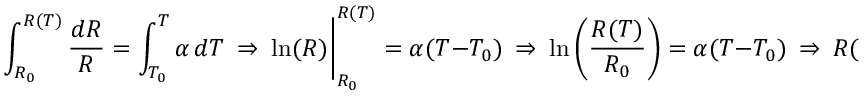
\int _ { R _ { 0 } } ^ { R ( T ) } { \frac { d R } { R } } = \int _ { T _ { 0 } } ^ { T } \alpha \, d T ~ \Rightarrow ~ \ln ( R ) { \Bigg \vert } _ { R _ { 0 } } ^ { R ( T ) } = \alpha ( T - T _ { 0 } ) ~ \Rightarrow ~ \ln \left( { \frac { R ( T ) } { R _ { 0 } } } \right) = \alpha ( T - T _ { 0 } ) ~ \Rightarrow ~ R ( T ) = R _ { 0 } e ^ { \alpha ( T - T _ { 0 } ) }